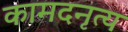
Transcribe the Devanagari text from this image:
कामदनृत्य